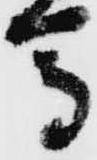
馬